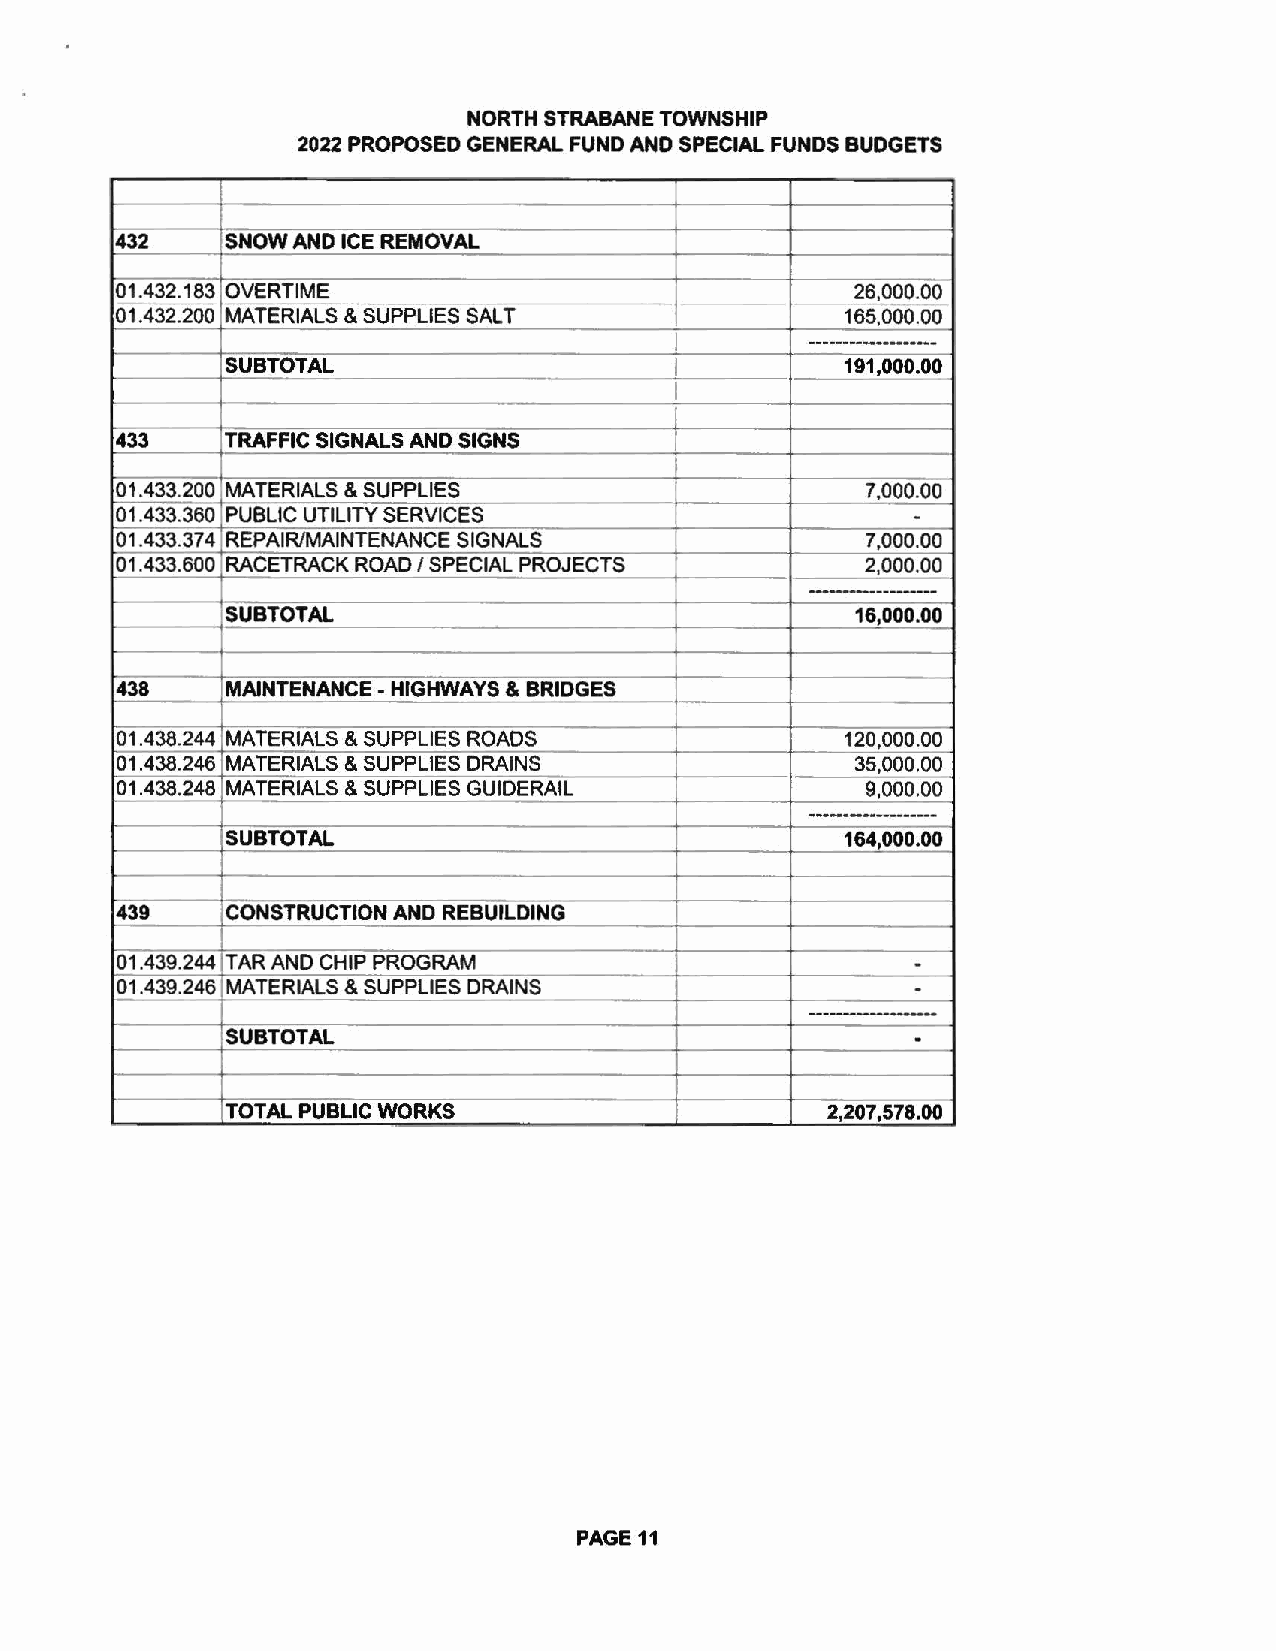
NORTH STRABANE TOWNSHIP
 2022 PROPOSED GENERAL FUND AND SPECIAL FUNDS BUDGETS
 432    SNOW AND ICE REMOVAL
 I
 01.432.183 OVERTIME                              26,000.00
 01.432.200 MATERIALS & SUPPLIES SALT            165,000.00
 ------------------
 SUBTOTAL                                 191,000.00
 433    TRAFFIC SIGNALS AND SIGNS
 01.433.200 MATERIALS & SUPPLIES                  7,000.00
 -
 01.433.360 PUBLIC UTILITY SERVICES
 01.433.374 REPAIR/MAINTENANCE SIGNALS            7,000.00
 01.433.600 RACETRACK ROAD I SPECIAL PROJECTS     2,000.00
 -----·----·--·----
 SUBTOTAL                                  16,000.00
 438    MAINTENANCE - HIGHWAYS & BRIDGES
 01.438.244 MATERIALS & SUPPLIES ROADS           120,000.00
 01.438.246 MATERIALS & SUPPLIES DRAINS           35,000.00
 01.438.248 MATERIALS & SUPPLIES GU1DERAIL        9,000.00
 ------------------
 SUBTOTAL                                 164,000.00
 439    CONSTRUCTION AND REBUILDING
 -
 01.439.244 TAR AND CHIP PROGRAM
 01.439.246 MATERIALS & SUPPLIES DRAINS               -
 --------------·----
 .
 SUBTOTAL
 TOTAL PUBLIC WORKS                      2,207, 578.00
 PAGE 11